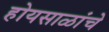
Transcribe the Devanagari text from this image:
होयसाळांचे